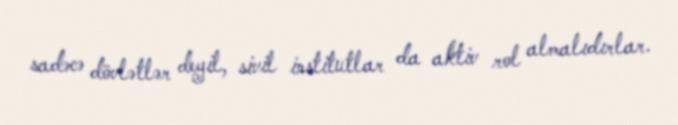
sadəcə dövlətlər deyil, sivil institutlar da aktiv rol almalıdırlar.